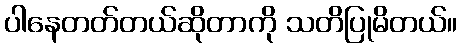
ပါနေတတ်တယ်ဆိုတာကို သတိပြုမိတယ်။